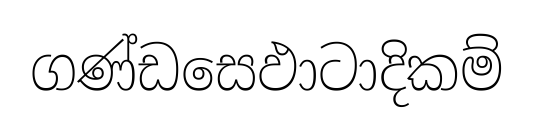
ගණ්ඩසෙඵාටාදිකම්